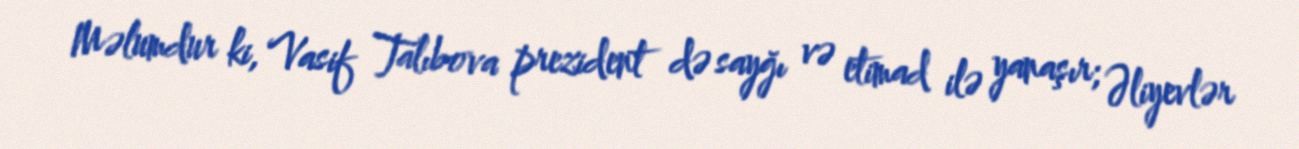
Məlumdur ki, Vasif Talıbova prezident də sayğı və etimad ilə yanaşır; Əliyevlər